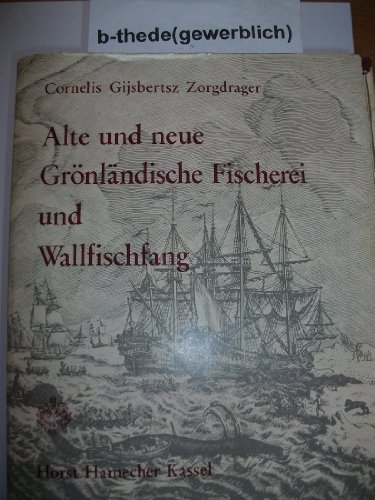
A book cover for Alte und neue gronlandische Fischerei und Wallfischfang (German Edition); Cornelis Gijsbertsz Zorgdrager; History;